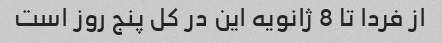
از فردا تا 8 ژانویه این در کل پنج روز است